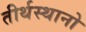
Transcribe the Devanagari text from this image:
तीर्थस्थानो